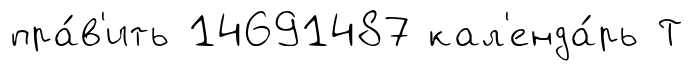
пра́в'ить 14691487 кал'енда́рь Т